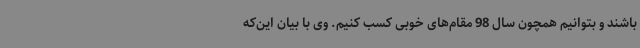
باشند و بتوانیم همچون سال 98 مقام‌های خوبی کسب کنیم. وی با بیان این‌که